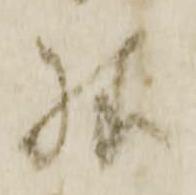
様